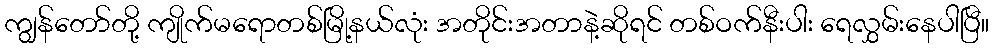
ကျွန်တော်တို့ ကျိုက်မရောတစ်မြို့နယ်လုံး အတိုင်းအတာနဲ့ဆိုရင် တစ်ဝက်နီးပါး ရေလွှမ်းနေပါပြီ။